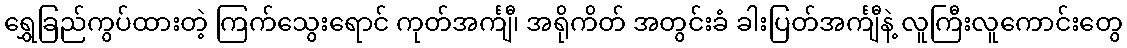
ရွှေခြည်ကွပ်ထားတဲ့ ကြက်သွေးရောင် ကုတ်အင်္ကျီ၊ အရိုကိတ် အတွင်းခံ ခါးပြတ်အင်္ကျီနဲ့ လူကြီးလူကောင်းတွေ